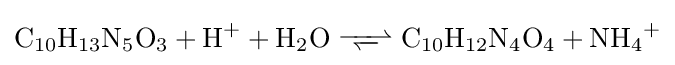
{\ce {C10H13N5O3 + H+ + H2O <=>> C10H12N4O4 + NH4+}}